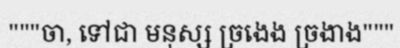
"""ចា, ទៅជា មនុស្ស ច្រងេង ច្រងាង"""